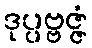
ဒုပ္ပဗ္ဗဇ္ဇံ